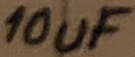
Text: 10uF